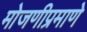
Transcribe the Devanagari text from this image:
मोजणीप्रमाणे